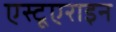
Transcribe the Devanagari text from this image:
एस्टूएराइन